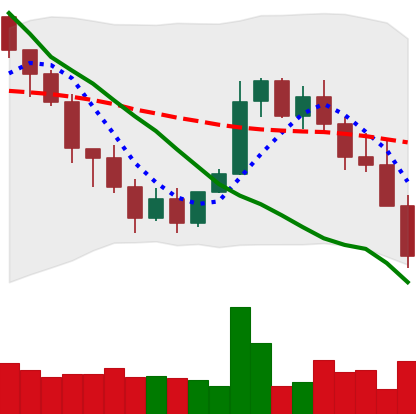
Ticker: XMR-USD
Chart end date: 2022-01-21
Forward return: -13.805%
Label: down_7plus